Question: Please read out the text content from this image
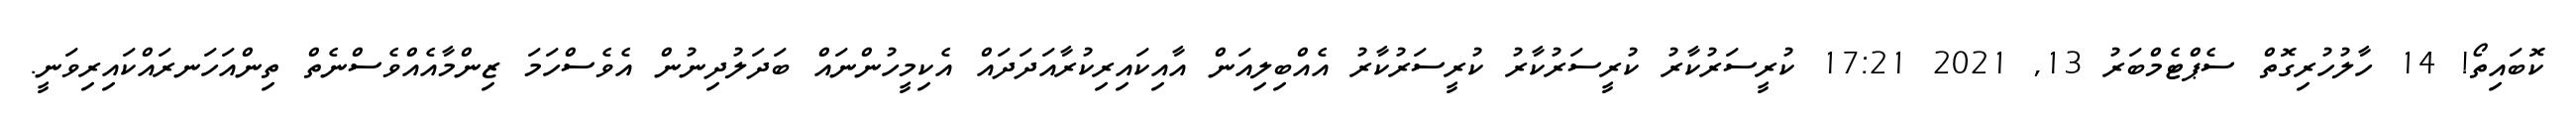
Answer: ކޮބައިތޯ! 14 ހާލުހުރިގޮތް ސެޕްޓެމްބަރު 13, 2021 17:21 ކުރީސަރުކާރު ކުރީސަރުކާރު ކުރީސަރުކާރު އެއްބިލިއަން އާއިކައިރިކުރާއަދަދައް އެކިމީހުންނައް ބަދަލުދިނުން އެވެސްހަމަ ޒިންމާއެއްވެސްނެތް ތިންއަހަނރައްކައިރިވަނީ.